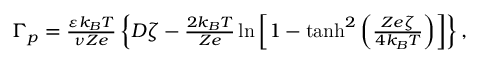
\begin{array} { r } { \Gamma _ { p } = \frac { \varepsilon k _ { B } T } { \nu Z e } \left\{ D \zeta - \frac { 2 k _ { B } T } { Z e } \ln \left[ 1 - \operatorname { t a n h } ^ { 2 } \left( \frac { Z e \zeta } { 4 k _ { B } T } \right) \right] \right\} , } \end{array}